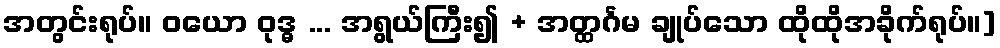
အတွင်းရုပ်။ ဝယော ဝုဒ္ဓ ... အရွယ်ကြီး၍ + အတ္ထင်္ဂမ ချုပ်သော ထိုထိုအခိုက်ရုပ်။]